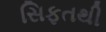
સિફતથી